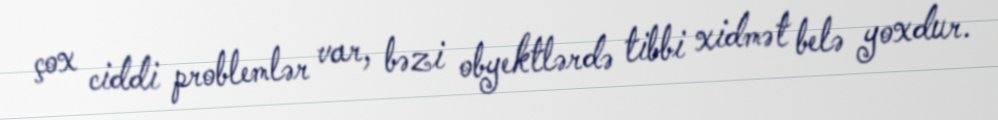
çox ciddi problemlər var, bəzi obyektlərdə tibbi xidmət belə yoxdur.